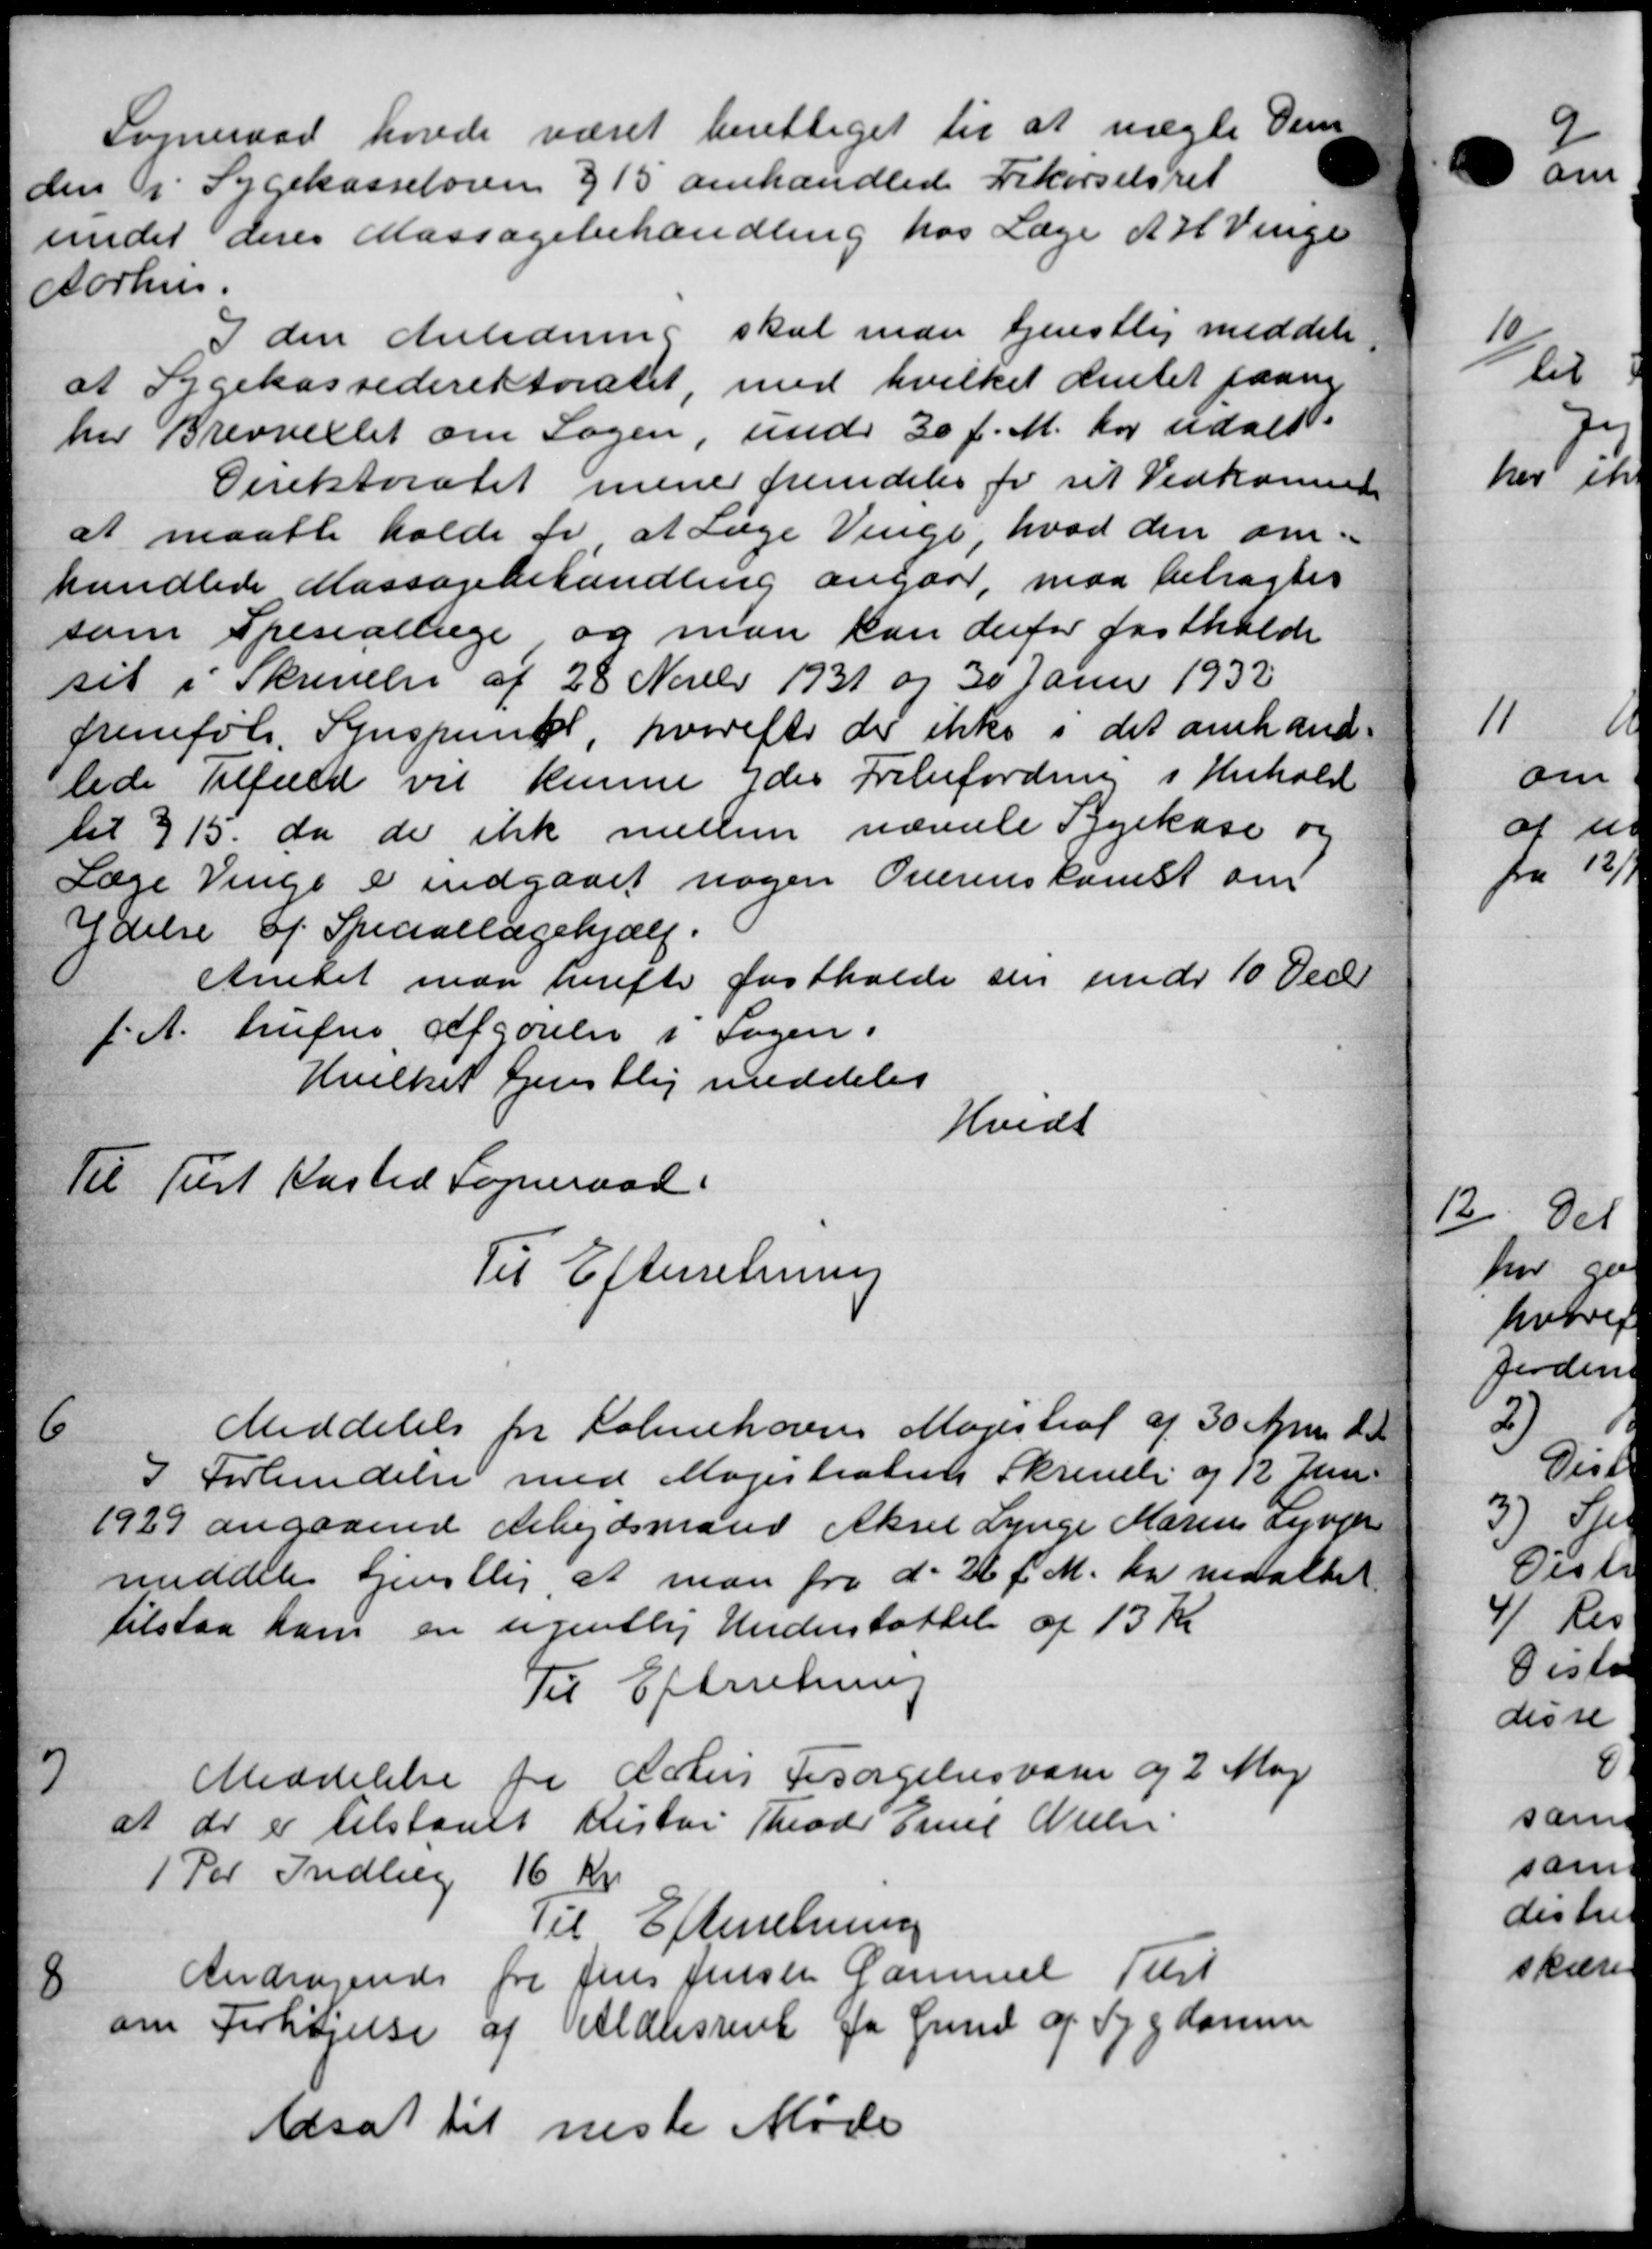
Transskription:
Sogneraad havde været berettiget til at nægte Dem
den i Sygekasseloven § 15 omhandlede Frikørselsret
under deres Massagebehandling hos Læge A. H. Venge
Aarhus.
I den Anledning skal man tjenstlig meddele
at Sygekassedirektoratet, med hvilket Amtet paany
her Brevvellet om Sagen, under 30 f. M. har udalt.
Direktoratet mene fremdeles for sit Vedkommer
at maatte holde for at Læge Venge, hvad den om-
handlede Massagebehandling angaar, maa betragtes
som Speciallæge og man kan derfor fastholde
set i Skrivelse af 28 Novebr 1931 og 30 Jan 1932
fremfølg. Synspunkt hvorefter der ikke i det omhand-
lede Tilfæld vil kunne ydes Fribefordring i Henhold
til 315, da de ikke mellem nævnte Sygekass og
Læge Vinge er indgaaet nogen Overenskomst om
Ydelse af Speciallægehjælp.
Amtet maa herefter fastholde sin under 10 Dec
f. A. trufnes Afgørelse i Sagen.
Hvilket tjenstlig meddeles
Kvidt
Til Tust Kasted Sogneraad
Til Efterretning
6
Meddelelse for Salmehovens Magistraf af 30 April d. A.
I Forbendelse med Magistraten Skrivelse af 12 Jun
1929 angaaende Arbejdsmand Aksel Lynge Marius syngen
meddeles Hjenstlig, at man fra d. 26 f. M. har nedattet
tilstaa ham en ugentlig Understøttelse af 13 Kr.
Til Efterretning
7
Meddelelse fra Østers Forsørgelsesvaren og 2 Maj
at do er tilstaaet Distri Theod. Emil Nielsen
1 Par Indlæg 16 Kr.
Til Efterretning
8
Andragende fra Jens Jensen Gammel Tilst
om Forhøjelse af Aldersrente for Sund af Sygdomme
Adsat til næste Møde